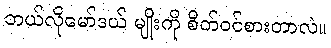
ဘယ်လိုမော်ဒယ် မျိုးကို စိတ်ဝင်စားတာလဲ။